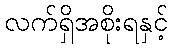
လက်ရှိအစိုးရနှင့်